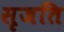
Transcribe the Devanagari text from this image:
सृजति